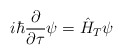
\begin{align*}i\hbar\frac{\partial}{\partial\tau}\psi = \hat{H}_{T}\psi\end{align*}